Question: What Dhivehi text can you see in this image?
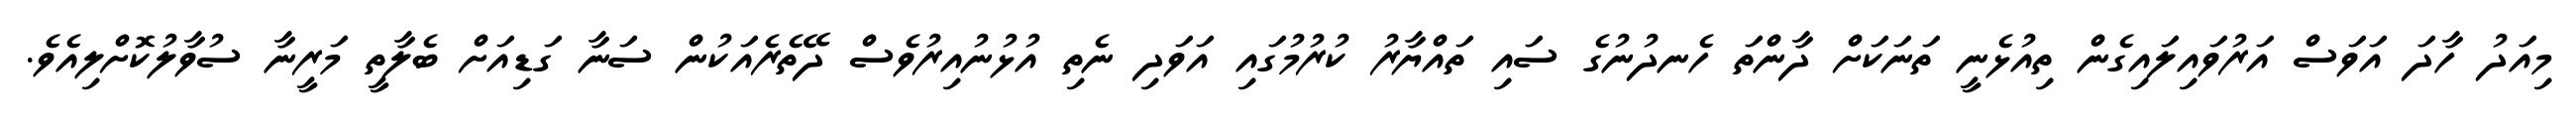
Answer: މިއަދު ހާދަ އަވަސް އަރުވައިލައިގެން ތިއުޅެނީ ތަނަކަށް ދާންތަ ހެނދުނުގެ ސައި ތައްޔާރު ކުރުމުގައި އަވަދި ނެތި އުޅުނުއިރުވެސް ދޭތެރެއަކުން ސަނާ ގަޑިއަށް ބެލާތީ މަރީނާ ސުވާލުކޮށްލިއެވެ.